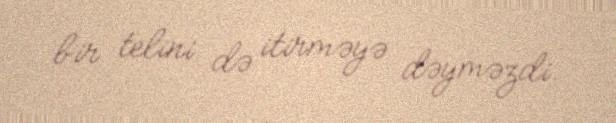
bir telini də itirməyə dəyməzdi.